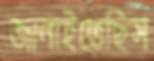
জানাইতেছিস